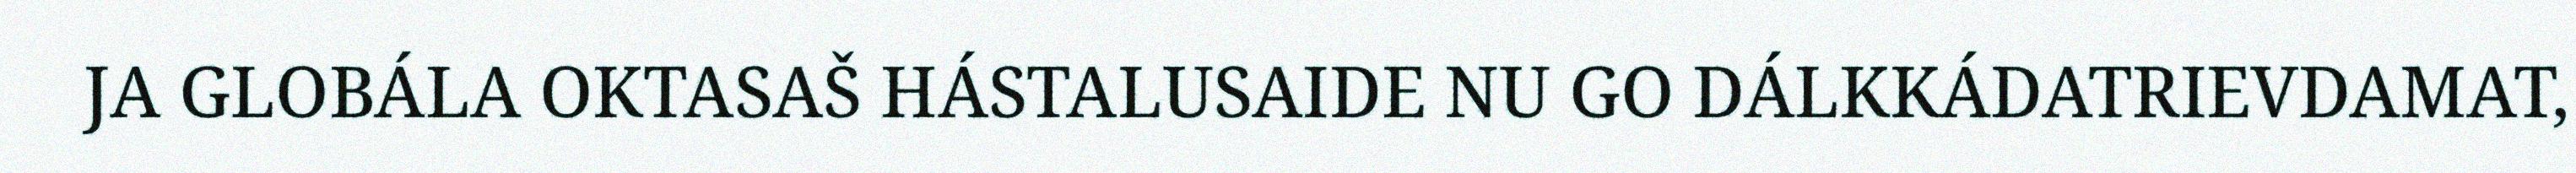
JA GLOBÁLA OKTASAŠ HÁSTALUSAIDE NU GO DÁLKKÁDATRIEVDAMAT,